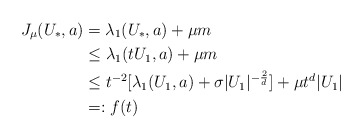
\begin{align*} J_\mu(U_*,a) &= \lambda_1(U_*,a) +\mu m \\ &\leq \lambda_1(tU_1,a) + \mu m \\ &\leq t^{-2}[\lambda_1(U_1,a)+\sigma|U_1|^{-\frac{2}{d}}] + \mu t^{d}|U_1| \\ &=: f(t) \end{align*}